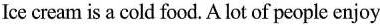
Ice cream is a cold food.A lot of people enjoy